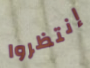
إنتظروا